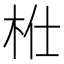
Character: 𣐴